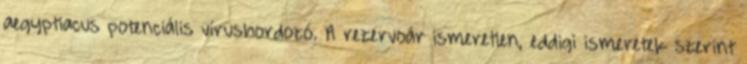
aegyptiacus potenciális vírushordozó. A rezervoár ismeretlen, eddigi ismeretek szerint